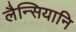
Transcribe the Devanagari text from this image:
लैन्सियानि